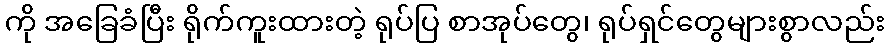
ကို အခြေခံပြီး ရိုက်ကူးထားတဲ့ ရုပ်ပြ စာအုပ်တွေ၊ ရုပ်ရှင်တွေများစွာလည်း